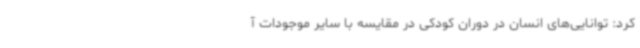
کرد: توانایی‌های انسان در دوران کودکی در مقایسه با سایر موجودات آ